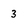
Character: 3